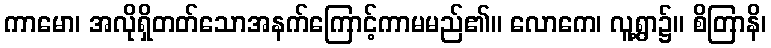
ကာမော၊ အလိုရှိတတ်သောအနက်ကြောင့်ကာမမည်၏။ လောကေ၊ လူ့ရွာ၌။ စိတြာနိ၊